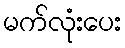
မက်လုံးပေး